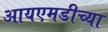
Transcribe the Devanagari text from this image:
आयएमडीच्या